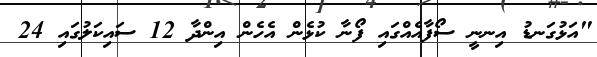
"އަޅުގަނޑު އިނނީ ސޯފާއެއްގައި ފޯނާ ކުޅެން އެހެން އިންދާ 12 ސައިކަލުގައި 24